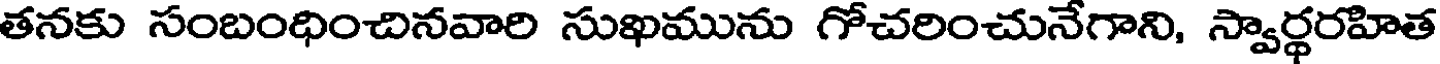
తనకు సంబంధించినవారి సుఖమును గోచరించునేగాని, స్వార్థరహిత